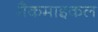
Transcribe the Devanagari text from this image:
मैकमाइकल